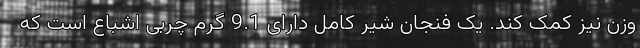
وزن نیز کمک کند. یک فنجان شیر کامل دارای 9.1 گرم چربی اشباع است که